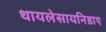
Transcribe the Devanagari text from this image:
थायलेसायनिडाए